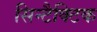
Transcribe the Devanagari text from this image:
सिन्टैक्टिक